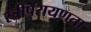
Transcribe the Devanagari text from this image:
स्त्रीपरायणता